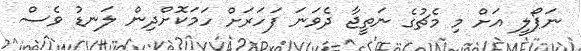
ނަޕޯލީ އަށް މި މެޗުގެ ނަތީޖާ ދެވަނަ ފަހަރަށް ހަމަކޮށްދިން ލަނޑު ވެސް